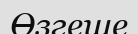
Өзгеше